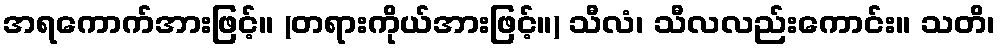
အရကောက်အားဖြင့်။ (တရားကိုယ်အားဖြင့်။) သီလံ၊ သီလလည်းကောင်း။ သတိ၊